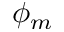
\phi _ { m }